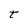
Character: t